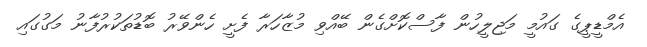
އެމްޑީޕީގެ ގައުމީ މަޖިލީހުން ފާސްކޮށްގެން ބޭއްވި މުޒާހަރާ ފެށީ ހެންވޭރު ބޮޑުތަކުރުފާނު މަގުގައި